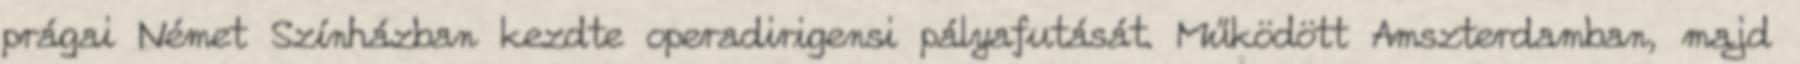
prágai Német Színházban kezdte operadirigensi pályafutását. Működött Amszterdamban, majd